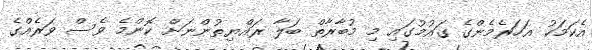
އެކަމަކު އަހަރެމެންގެ ގައުމުގައި މި މުބާރާތް ބަލާ ރައްޔިތުންނަށް ކޮންމެ ވެސް ވަރެއްގެ